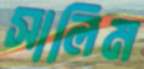
সালিম